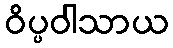
ဝိပ္ပဝါသာယ